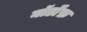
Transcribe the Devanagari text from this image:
नॉर्डॉफ़